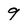
Character: 9